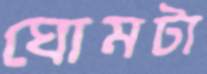
ঘোমটা